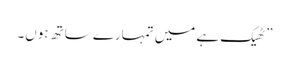
” ٹھیک ہے میں تمہارے ساتھ ہوں۔